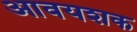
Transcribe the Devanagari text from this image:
आवयशक